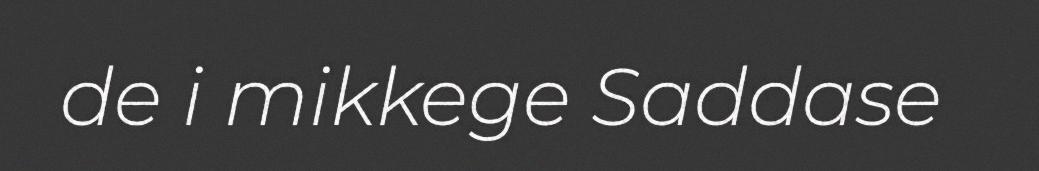
de i mikkege Saddase